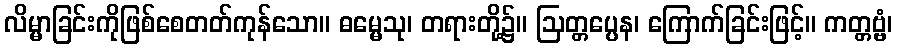
လိမ္မာခြင်းကိုဖြစ်စေတတ်ကုန်သော။ ဓမ္မေသု၊ တရားတို့၌။ ဩတ္တပ္ပေန၊ ကြောက်ခြင်းဖြင့်။ ကတ္တဗ္ဗံ၊